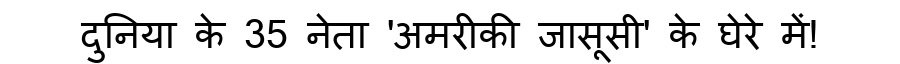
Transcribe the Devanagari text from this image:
दुनिया के 35 नेता 'अमरीकी जासूसी' के घेरे में!